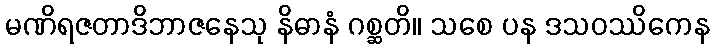
မဏိရဇတာဒိဘာဇနေသု နိဓာနံ ဂစ္ဆတိ။ သစေ ပန ဒသဝဿိကေန